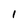
Character: l